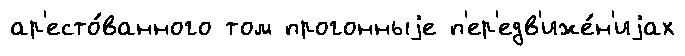
ар'есто́ванного том прогонныjе п'ер'едв'иже́н'иjах